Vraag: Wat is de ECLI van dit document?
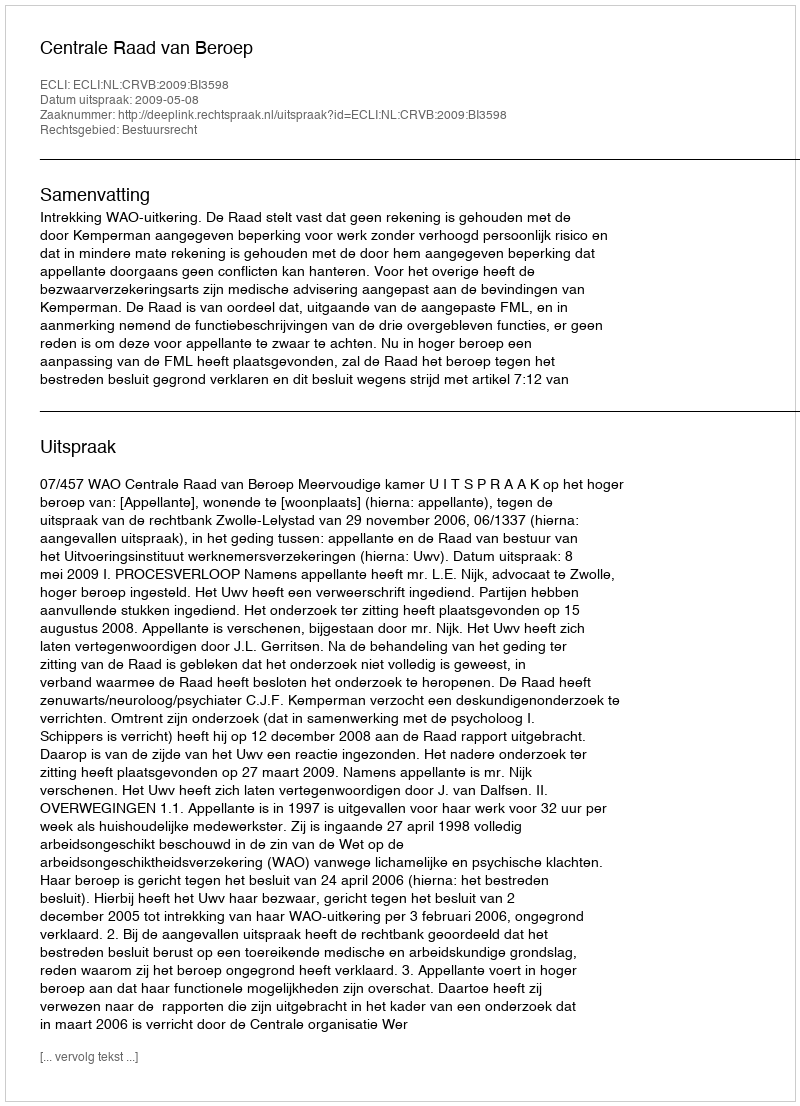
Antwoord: ECLI:NL:CRVB:2009:BI3598